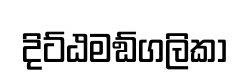
දිට්ඨමඞ්ගලිකා